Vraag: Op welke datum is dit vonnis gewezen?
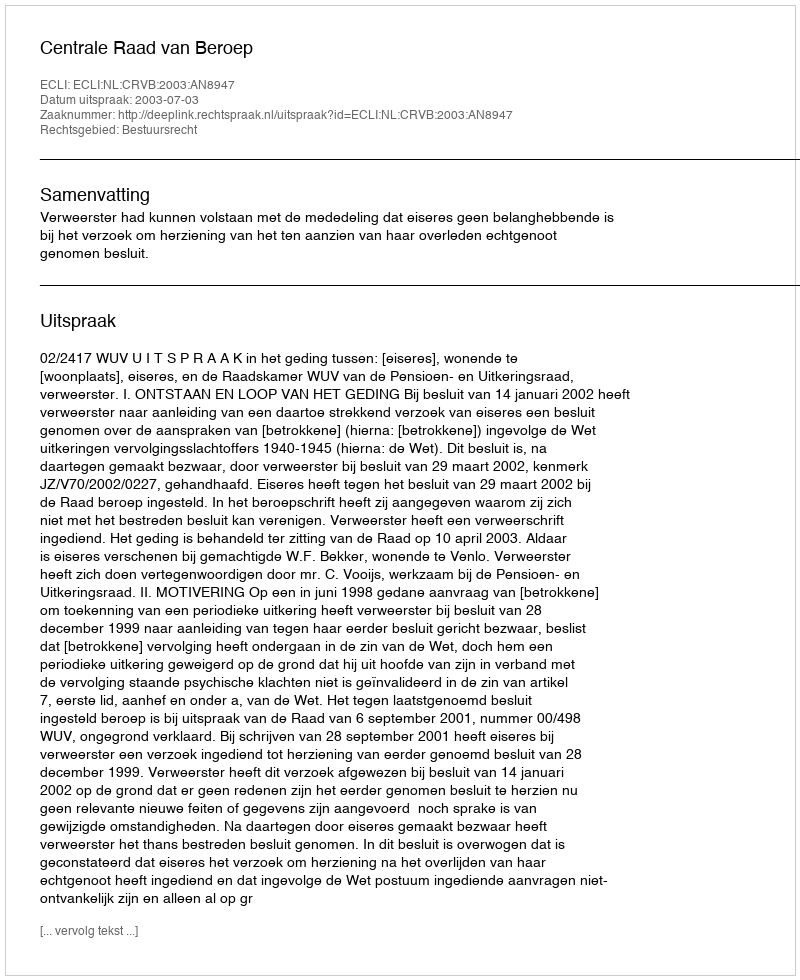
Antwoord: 2003-07-03